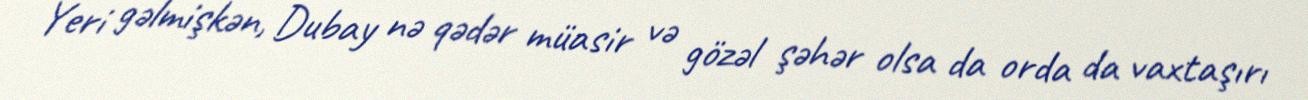
Yeri gəlmişkən, Dubay nə qədər müasir və gözəl şəhər olsa da orda da vaxtaşırı